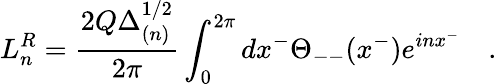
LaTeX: L_{n}^{R}=\frac{2Q\Delta_{(n)}^{1/2}}{2\pi}\int_{0}^{2\pi}dx^{-}\Theta_{--}(x^{-})e^{inx^{-}}\quad.